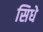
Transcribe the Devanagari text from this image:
सिधे